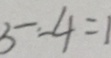
5 - 4 = 1